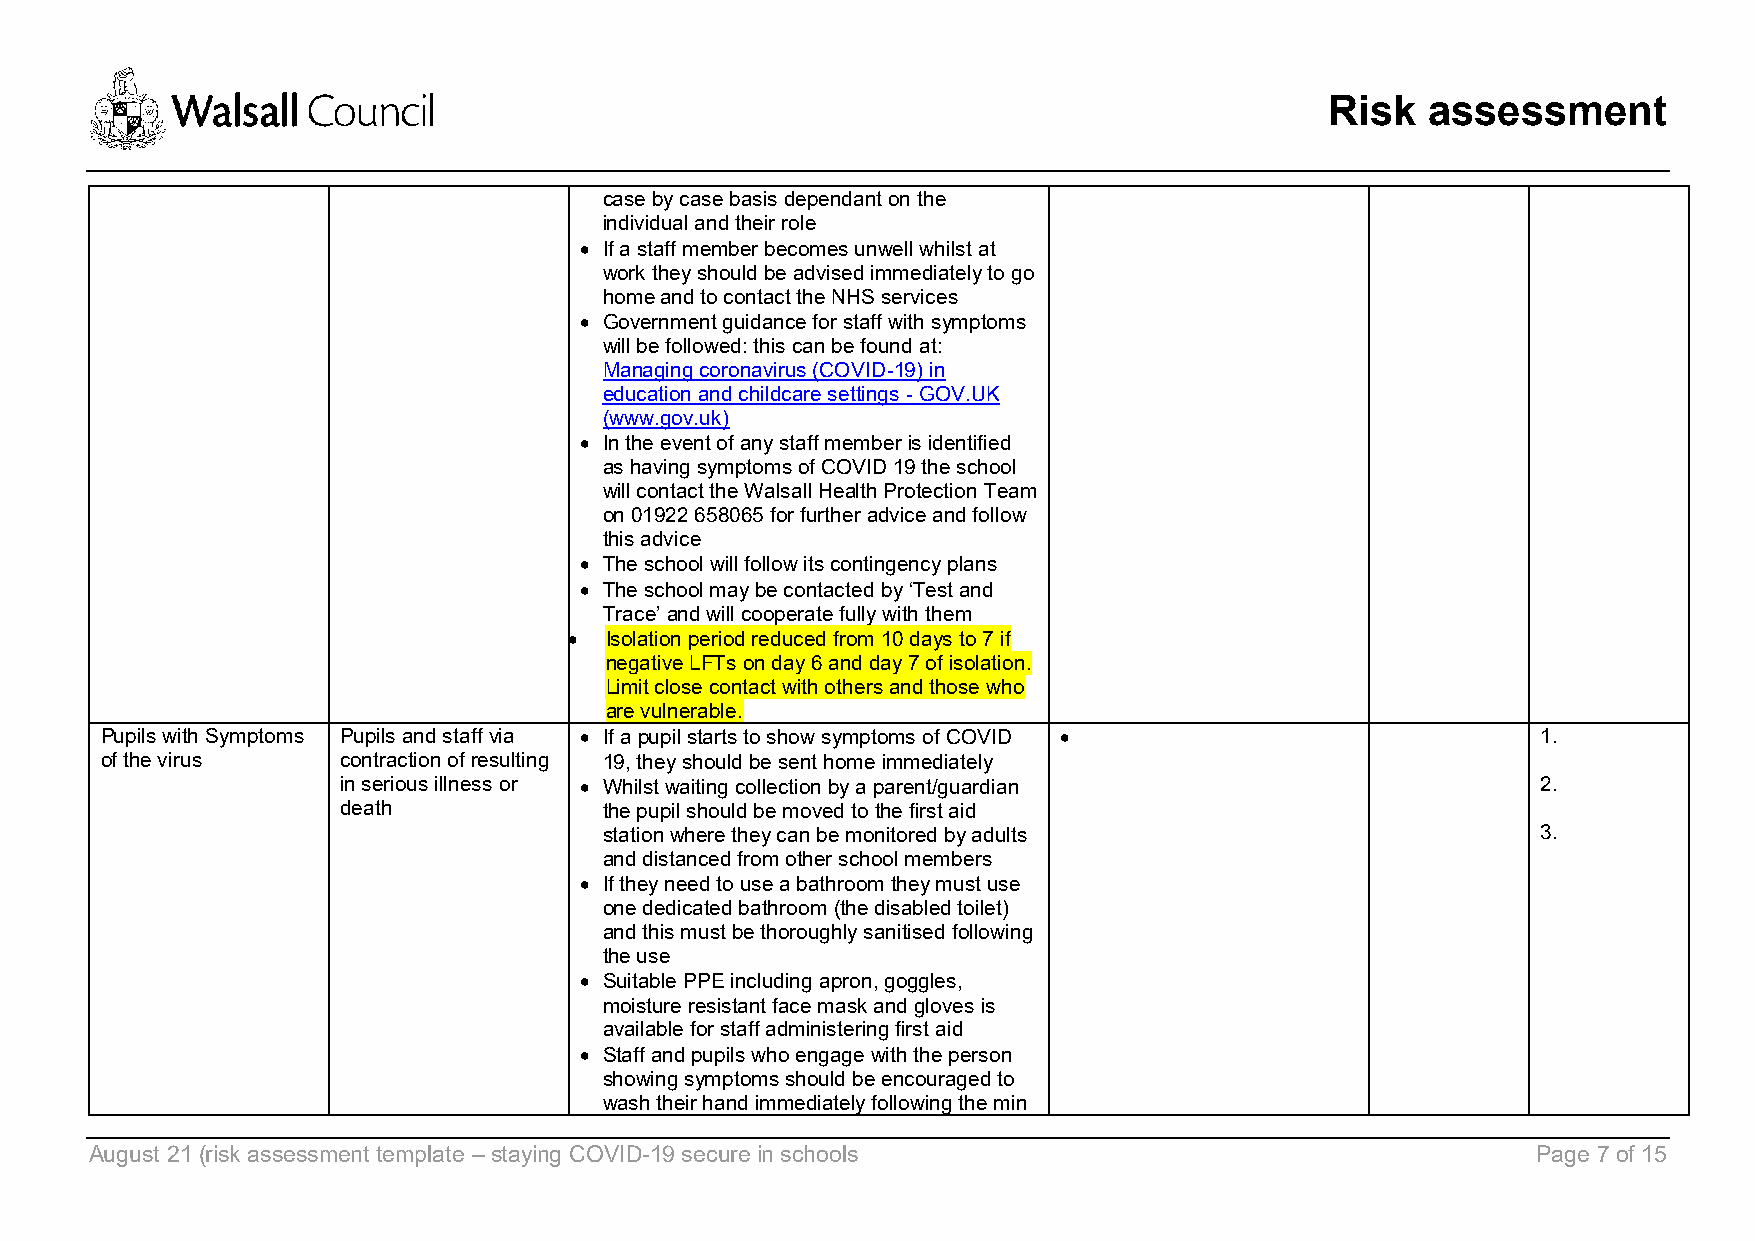
Risk  assessment
 case by case basis dependant on the
 individual and their role
 • If a staff member becomes unwell whilst at
 work they should be advised immediately to go
 home and to contact the NHS services
 • Government guidance for staff with symptoms
 will be followed: this can be found at:
 Managing coronavirus (COVID-19) in
 education and childcare settings - GOV.UK
 (www.gov.uk)
 • In the event of any staff member is identified
 as having symptoms of COVID 19 the school
 will contact the Walsall Health Protection Team
 on 01922 658065 for further advice and follow
 this advice
 • The school will follow its contingency plans
 • The school may be contacted by ‘Test and
 Trace’ and will cooperate fully with them
 • Isolation period reduced from 10 days to 7 if
 negative LFTs on day 6 and day 7 of isolation.
 Limit close contact with others and those who
 are vulnerable.
 Pupils with Symptoms Pupils and staff via • If a pupil starts to show symptoms of COVID •      1.
 of the virus    contraction of resulting 19, they should be sent home immediately
 in serious illness or • Whilst waiting collection by a parent/guardian         2.
 death            the pupil should be moved to the first aid
 station where they can be monitored by adults                 3.
 and distanced from other school members
 • If they need to use a bathroom they must use
 one dedicated bathroom (the disabled toilet)
 and this must be thoroughly sanitised following
 the use
 • Suitable PPE including apron, goggles,
 moisture resistant face mask and gloves is
 available for staff administering first aid
 • Staff and pupils who engage with the person
 showing symptoms should be encouraged to
 wash their hand immediately following the min
 August 21 (risk assessment template – staying COVID-19 secure in schools                        Page 7 of 15